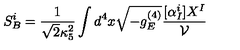
S _ { B } ^ { i } = \frac { 1 } { \sqrt 2 \kappa _ { 5 } ^ { 2 } } \int d ^ { 4 } x \sqrt { - g _ { E } ^ { ( 4 ) } } \frac { [ \alpha _ { I } ^ { i } ] X ^ { I } } { \cal V }